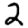
Digit: 2